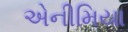
એનીમિયા